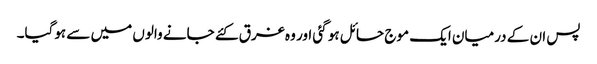
پس ان کے درمیان ایک موج حائل ہو گئی اور وہ غرق کئے جانے والوں میں سے ہوگیا۔